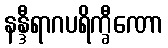
နန္ဒီရာဂပရိက္ခီဏော